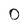
Character: 0